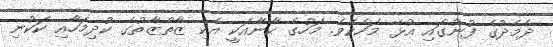
ދެމެދުގެ ފުނުގައި އުޅޭ މަހެކެވެ. މަހުގެ ކާނާއަކީ އެކި ޒާތްޒާތުގެ ކުދިމަހާއި ކަކުނި